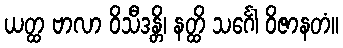
ယတ္ထ ဗာလာ ဝိသီဒန္တိ၊ နတ္ထိ သင်္ဂေါ ဝိဇာနတံ။